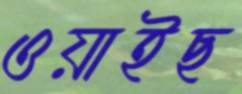
ওয়াইছ